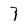
Character: 3